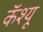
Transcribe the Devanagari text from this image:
कॅश्यू